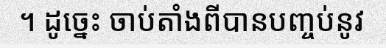
។ ដូច្នេះ ចាប់តាំងពីបានបញ្ចប់នូវ